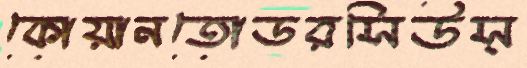
কোয়ানতোডরসিউস্